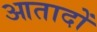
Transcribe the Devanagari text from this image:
आतादों